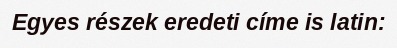
Egyes részek eredeti címe is latin: